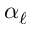
\alpha _ { \ell }